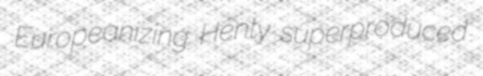
Europeanizing Henty superproduced